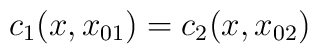
c_{1}(x,x_{01})=c_{2}(x,x_{02})